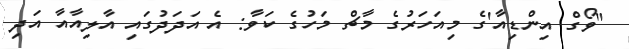
"ވޯގް އިންޑިއާ'ގެ މިއަހަރުގެ މާޗް މަހުގެ ކަވާ: އެ އަދަދުގައި އާލިއާއާ އަދި